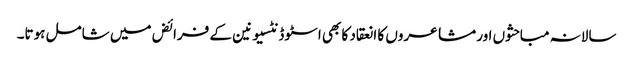
سالانہ مباحثوں اور مشاعروں کا انعقاد کا بھی اسٹوڈنٹسیونین کے فرائض میں شامل ہوتا۔